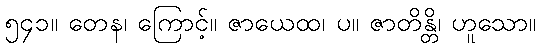
၅၄၁။ တေန၊ ကြောင့်။ ဇာယေထ၊ ပ။ ဇာတိန္တိ၊ ဟူသော။